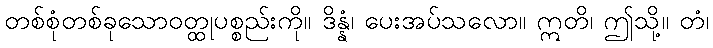
တစ်စုံတစ်ခုသောဝတ္ထုပစ္စည်းကို။ ဒိန္နံ၊ ပေးအပ်သလော။ ဣတိ၊ ဤသို့။ တံ၊